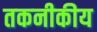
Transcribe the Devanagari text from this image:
तकनीकीय